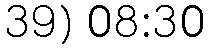
39) 08:30